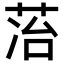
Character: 𬜷